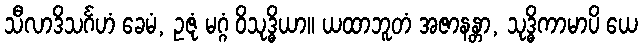
သီလာဒိသင်္ဂဟံ ခေမံ, ဥဇုံ မဂ္ဂံ ဝိသုဒ္ဓိယာ။ ယထာဘူတံ အဇာနန္တာ, သုဒ္ဓိကာမာပိ ယေ